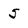
Character: 5